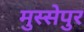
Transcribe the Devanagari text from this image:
मुस्सेपुर